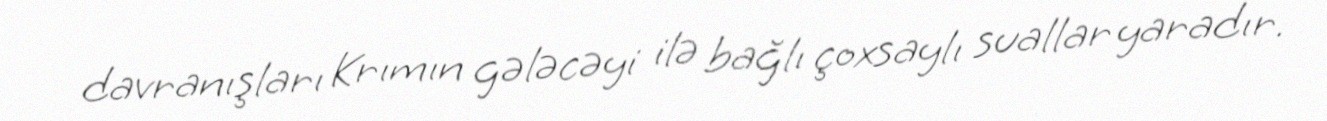
davranışları Krımın gələcəyi ilə bağlı çoxsaylı suallar yaradır.